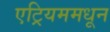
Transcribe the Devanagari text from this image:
एट्रियममधून